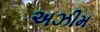
અઝીમ